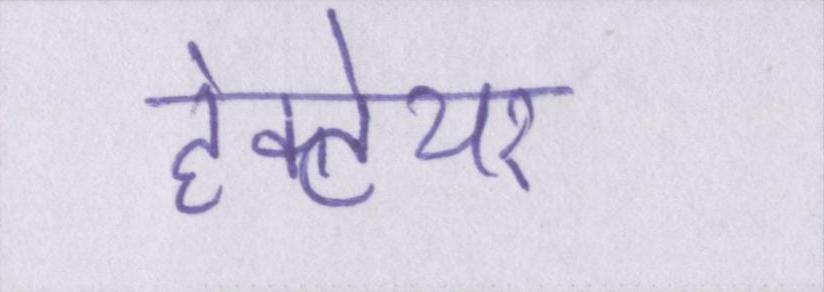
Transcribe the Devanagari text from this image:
हेक्टेयर